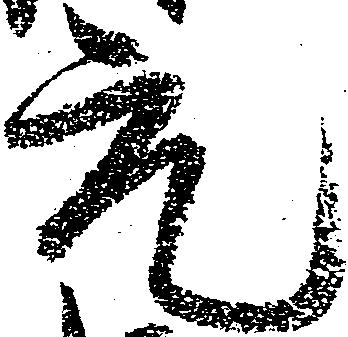
元